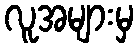
လူအများမှ